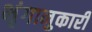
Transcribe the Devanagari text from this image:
भृंगानुकारी